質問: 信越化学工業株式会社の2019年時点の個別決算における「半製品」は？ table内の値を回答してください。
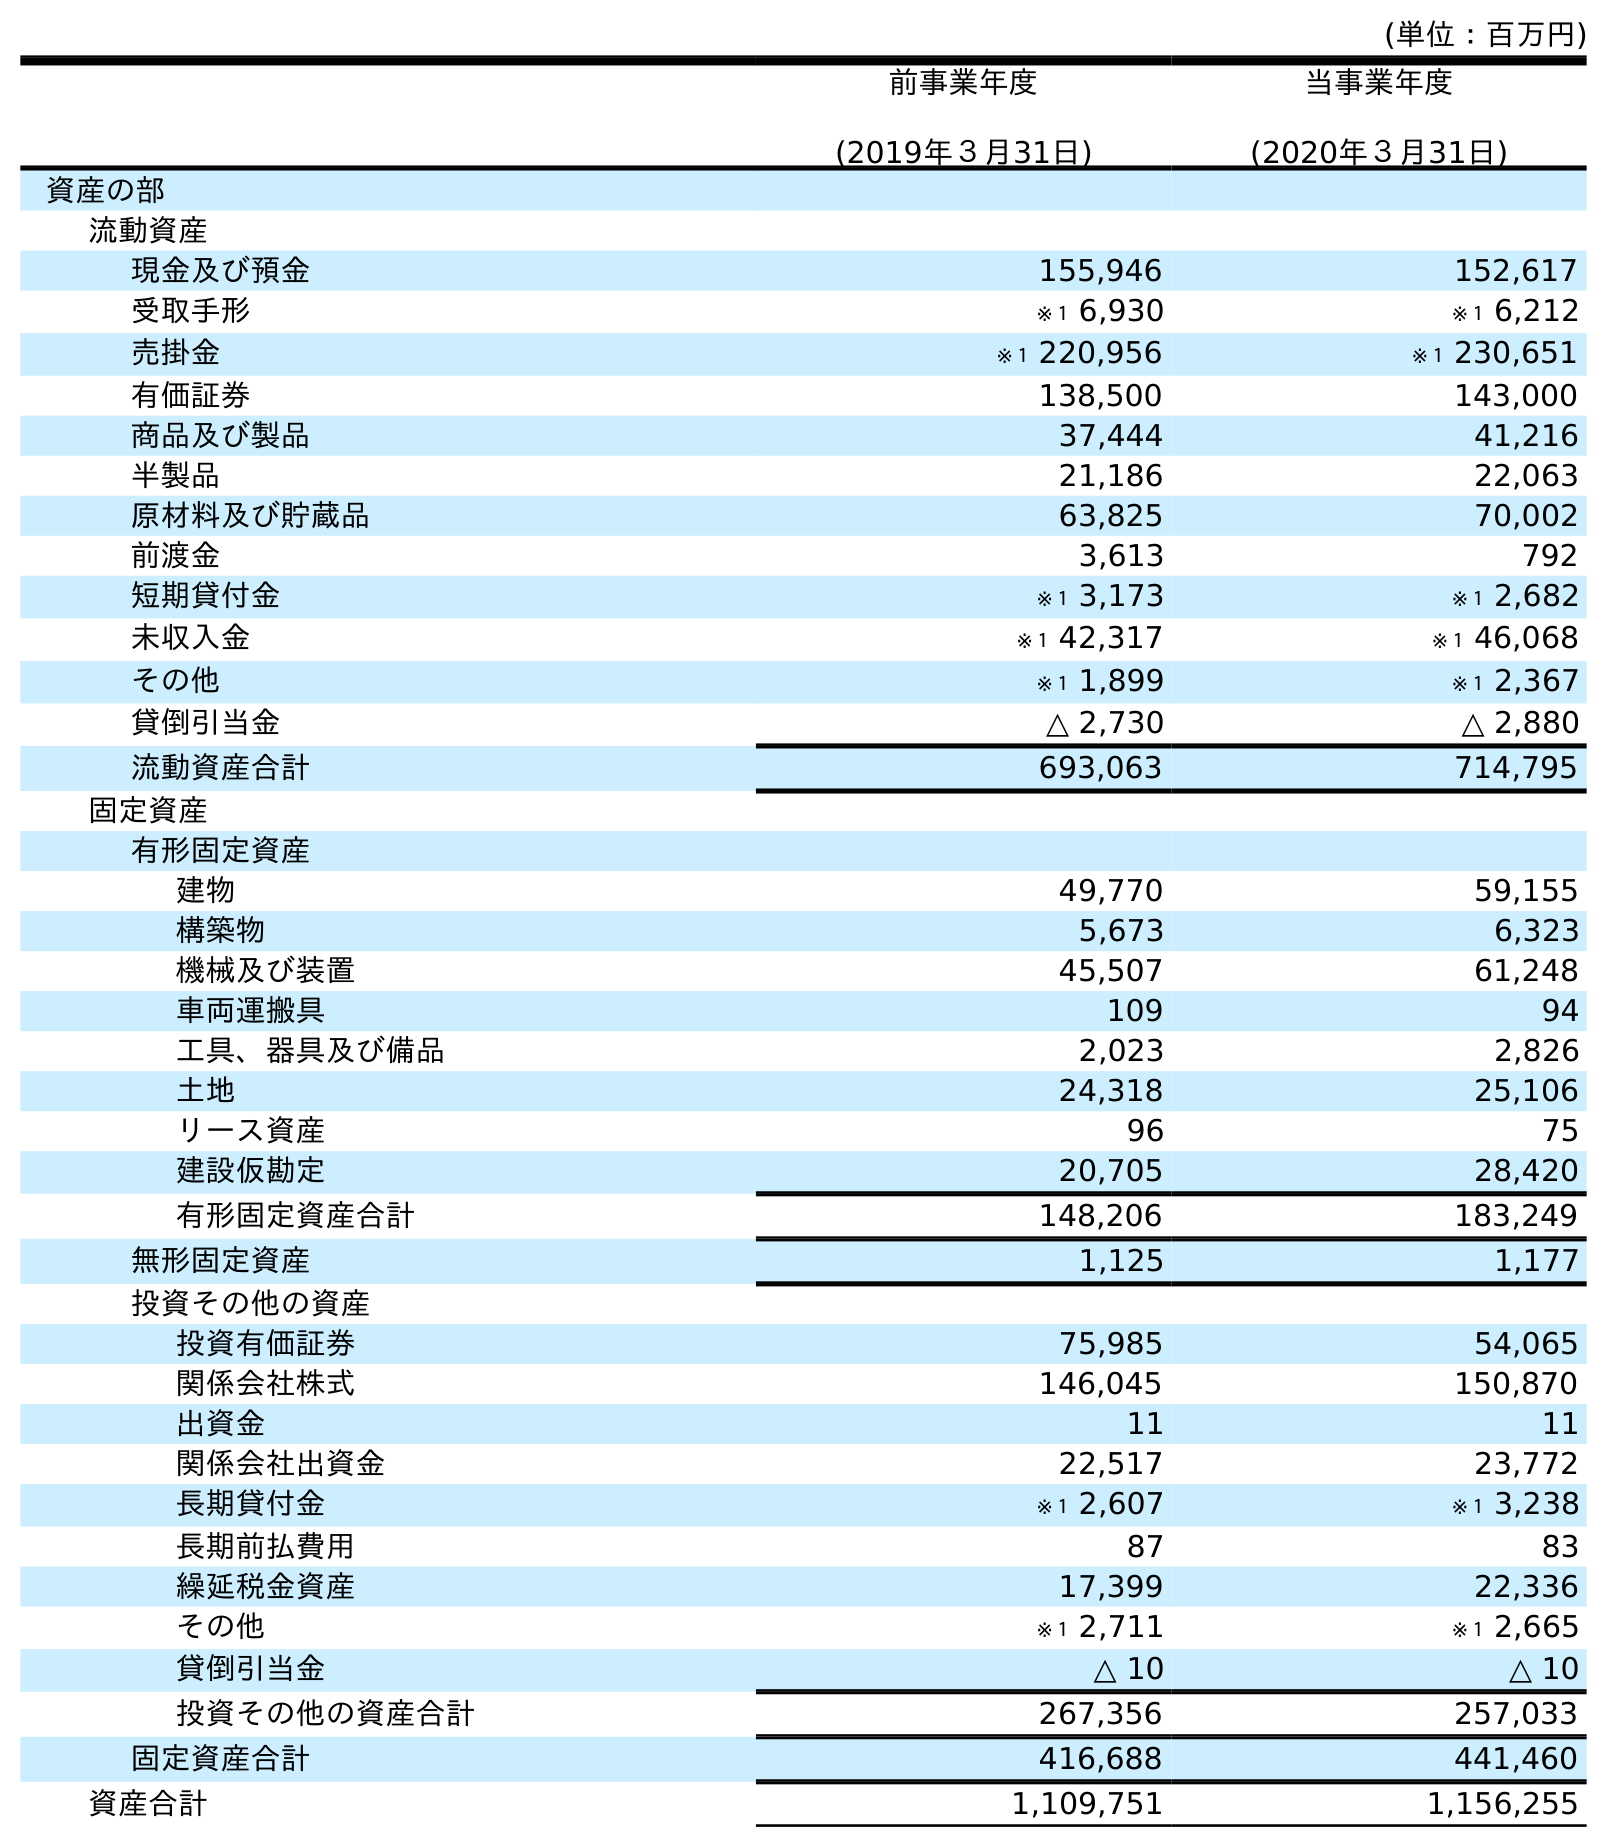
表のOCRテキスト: (単位：百万円) 前事業年度 (2019年３月31日) 当事業年度 (2020年３月31日) 資産の部 流動資産 現金及び預金 155,946 152,617 受取手形 ※１ 6,930 ※１ 6,212 売掛金 ※１ 220,956 ※１ 230,651 有価証券 138,500 143,000 商品及び製品 37,444 41,216 半製品 21,186 22,063 原材料及び貯蔵品 63,825 70,002 前渡金 3,613 792 短期貸付金 ※１ 3,173 ※１ 2,682 未収入金 ※１ 42,317 ※１ 46,068 その他 ※１ 1,899 ※１ 2,367 貸倒引当金 △ 2,730 △ 2,880 流動資産合計 693,063 714,795 固定資産 有形固定資産 建物 49,770 59,155 構築物 5,673 6,323 機械及び装置 45,507 61,248 車両運搬具 109 94 工具、器具及び備品 2,023 2,826 土地 24,318 25,106 リース資産 96 75 建設仮勘定 20,705 28,420 有形固定資産合計 148,206 183,249 無形固定資産 1,125 1,177 投資その他の資産 投資有価証券 75,985 54,065 関係会社株式 146,045 150,870 出資金 11 11 関係会社出資金 22,517 23,772 長期貸付金 ※１ 2,607 ※１ 3,238 長期前払費用 87 83 繰延税金資産 17,399 22,336 その他 ※１ 2,711 ※１ 2,665 貸倒引当金 △ 10 △ 10 投資その他の資産合計 267,356 257,033 固定資産合計 416,688 441,460 資産合計 1,109,751 1,156,255
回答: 21,186